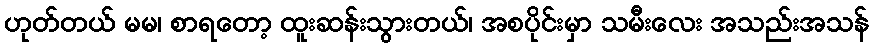
ဟုတ်တယ် မမ၊ စာရတော့ ထူးဆန်းသွားတယ်၊ အစပိုင်းမှာ သမီးလေး အသည်းအသန်